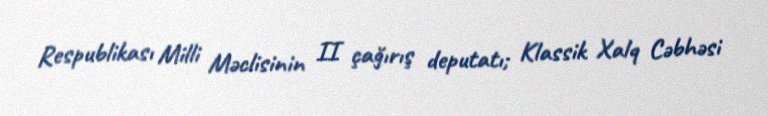
Respublikası Milli Məclisinin II çağırış deputatı; Klassik Xalq Cəbhəsi